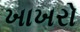
ખાખરો